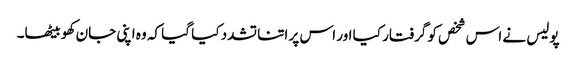
پولیس نے اس شخص کو گرفتار کیا اور اس پر اتنا تشدد کیا گیا کہ وہ اپنی جان کھو بیٹھا۔